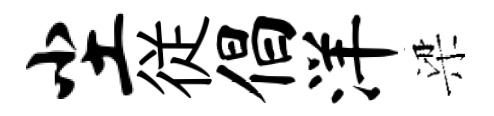
尘従倡洋梁